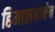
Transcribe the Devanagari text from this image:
हिमालयाचेच